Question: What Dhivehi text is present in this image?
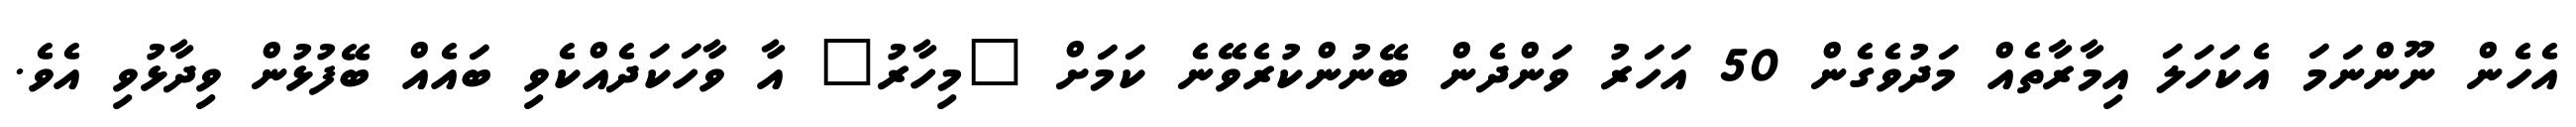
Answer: އެހެން ނޫންނަމަ އެކަހަލަ އިމާރާތެއް މަދުވެގެން 50 އަހަރު ވަންދެން ބޭނުންކުރެވޭނެ ކަމަށް "މިހާރު" އާ ވާހަކަދެއްކެވި ބައެއް ބޭފުޅުން ވިދާޅުވި އެވެ.